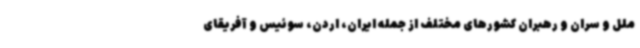
ملل و سران و رهبران کشورهای مختلف از جمله ایران، اردن، سوئیس و آفریقای